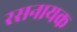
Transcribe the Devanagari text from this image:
रसनायक